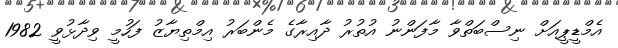
އެމްޑީޕީއަށް ނިސްބަތްވާ މާފަންނު އުތުރު ދާއިރާގެ މެންބަރު އިމްތިޔާޒު ފަހުމީ ވިދާޅުވީ 1982